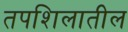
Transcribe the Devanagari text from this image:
तपशिलातील